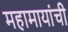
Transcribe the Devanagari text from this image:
महामायांची